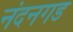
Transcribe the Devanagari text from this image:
नंदनगड